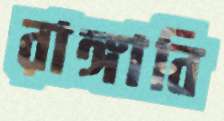
রাঙ্গাবি